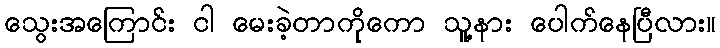
သွေးအကြောင်း ငါ မေးခဲ့တာကိုကော သူ့နား ပေါက်နေပြီလား။